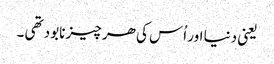
یعنی دنیا اور اُس کی ھر چیز نابود تھی ۔